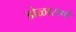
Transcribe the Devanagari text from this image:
डोळासणे